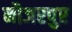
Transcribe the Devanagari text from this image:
नौजरपुर